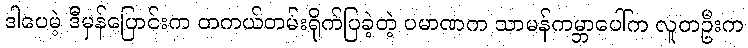
ဒါပေမဲ့ ဒီမှန်ပြောင်းက တကယ်တမ်းရိုက်ပြခဲ့တဲ့ ပမာဏက သာမန်ကမ္ဘာပေါ်က လူတဦးက